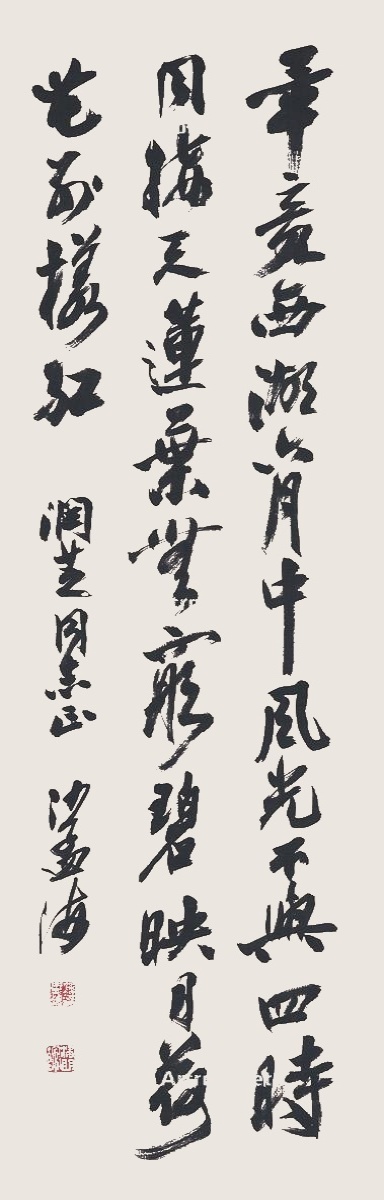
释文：毕竟西湖六月中，风光不与四时同。接天莲叶无穷碧，映日荷花别样红。润芝同志正，沙孟海。